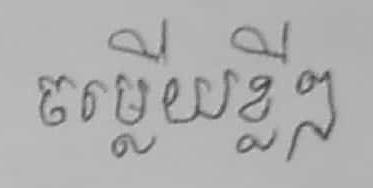
ចម្លើយខ្លីៗ